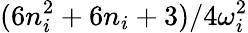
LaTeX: {(6n_{i}^{2}+6n_{i}+3)}/{4\omega_{i}^{2}}